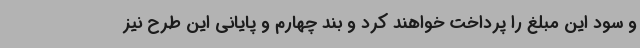
و سود این مبلغ را پرداخت خواهند کرد و بند چهارم و پایانی این طرح نیز